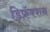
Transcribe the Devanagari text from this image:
डिफ्रॅक्शन